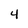
Character: 4